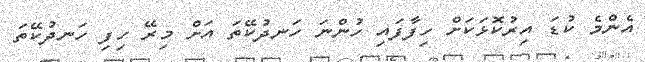
އެންމެ ކުޑަ އިރުކޮޅަކަށް ހިފާފައި ހުންނަ ހަނދުކޭތަ އަށް މިރޭ ހިފި ހަނދުކޭތަ